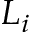
L _ { i }